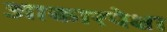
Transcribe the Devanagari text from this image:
आकारपेक्षा